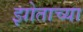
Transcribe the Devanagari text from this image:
झोताच्या